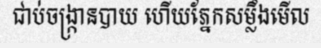
ជាប់ចង្ក្រានបាយ ហើយភ្នែកសម្លឹងមើល